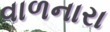
વાળનારા